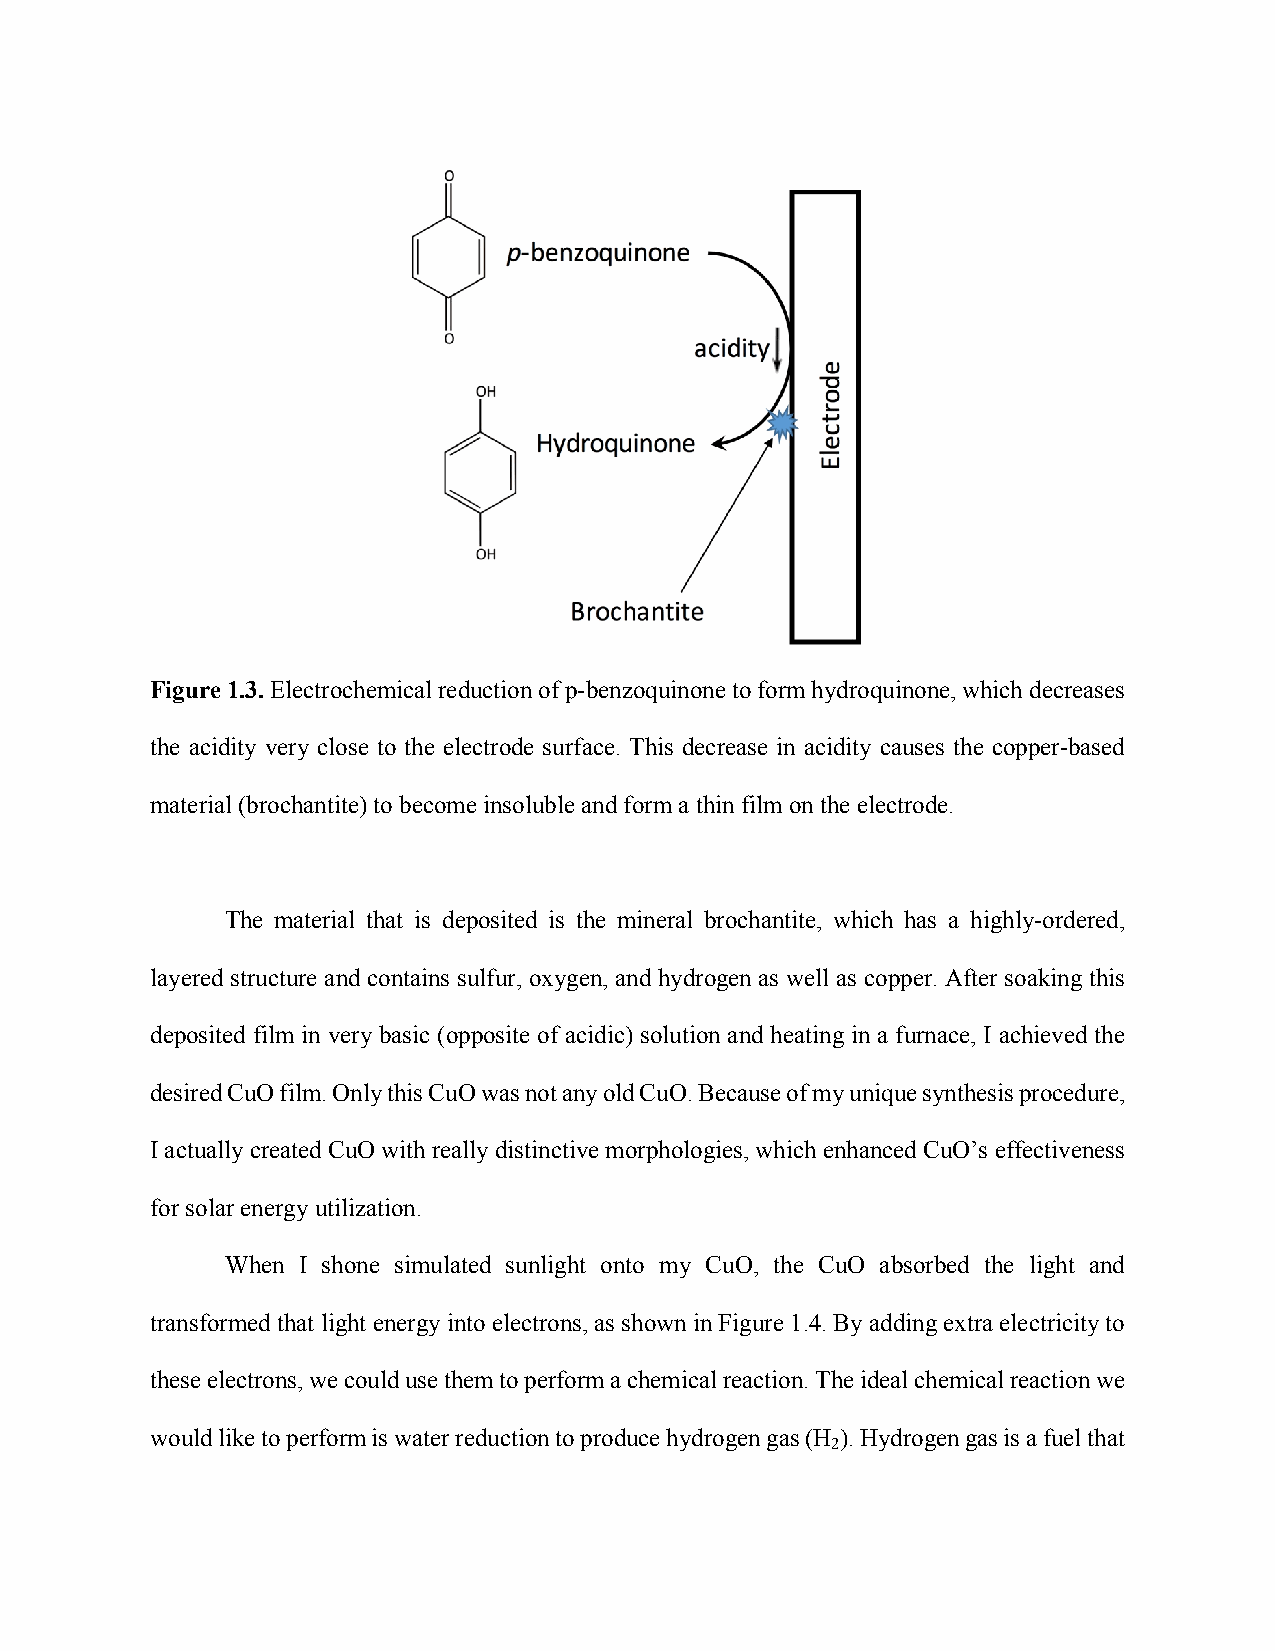
Figure 1.3. Electrochemical reduction of p-benzoquinone to form hydroquinone, which decreases
 the acidity very close to the electrode surface. This decrease in acidity causes the copper-based
 material (brochantite) to become insoluble and form a thin film on the electrode.
 The material that is deposited is the mineral brochantite, which has a highly-ordered,
 layered structure and contains sulfur, oxygen, and hydrogen as well as copper. After soaking this
 deposited film in very basic (opposite of acidic) solution and heating in a furnace, I achieved the
 desired CuO film. Only this CuO was not any old CuO. Because of my unique synthesis procedure,
 I actually created CuO with really distinctive morphologies, which enhanced CuO’s effectiveness
 for solar energy utilization.
 When I shone simulated sunlight onto my CuO, the CuO absorbed the light and
 transformed that light energy into electrons, as shown in Figure 1.4. By adding extra electricity to
 these electrons, we could use them to perform a chemical reaction. The ideal chemical reaction we
 would like to perform is water reduction to produce hydrogen gas (H ). Hydrogen gas is a fuel that
 2